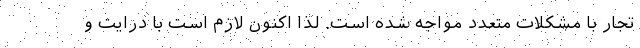
تجار با مشکلات متعدد مواجه شده است. لذا اکنون لازم است با درایت و